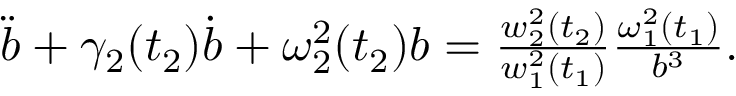
\begin{array} { r } { \ddot { b } + \gamma _ { 2 } ( t _ { 2 } ) \dot { b } + \omega _ { 2 } ^ { 2 } ( t _ { 2 } ) b = \frac { w _ { 2 } ^ { 2 } ( t _ { 2 } ) } { w _ { 1 } ^ { 2 } ( t _ { 1 } ) } \frac { \omega _ { 1 } ^ { 2 } ( t _ { 1 } ) } { b ^ { 3 } } . } \end{array}